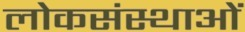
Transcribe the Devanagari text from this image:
लोकसंस्थाओं